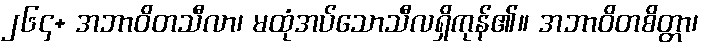
၂၆၄+ အဘာဝိတသီလာ၊ မထုံအပ်သောသီလရှိကုန်၏။ အဘာဝိတစိတ္တာ၊